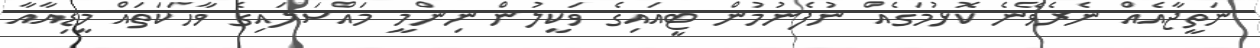
ނަތީޖާއެއް ނެރެވޭނެ ކޮޅުމަގެއް ނުފެނުމުން ޓީއައިގެ ވަކީލުން ނިންމީ މައްސަލައިގެ ވާހަކަތައް މީޑިއާއާ